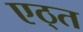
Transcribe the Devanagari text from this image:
एठ्त